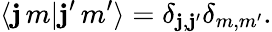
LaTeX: \langle\mathbf{j}\, m|\mathbf{j}^{\prime}\, m^{\prime}\rangle=\delta_{\mathbf{j},\mathbf{j}^{\prime}}\delta_{m,m^{\prime}}.